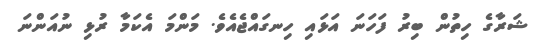
ޝަރާގެ ހިތުން ބިރު ފަހަނަ އަޅައި ހިނގައްޖެއެވެ. މަންމަ އެކަމާ ރުޅި ނުއަންނަ